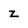
Character: z